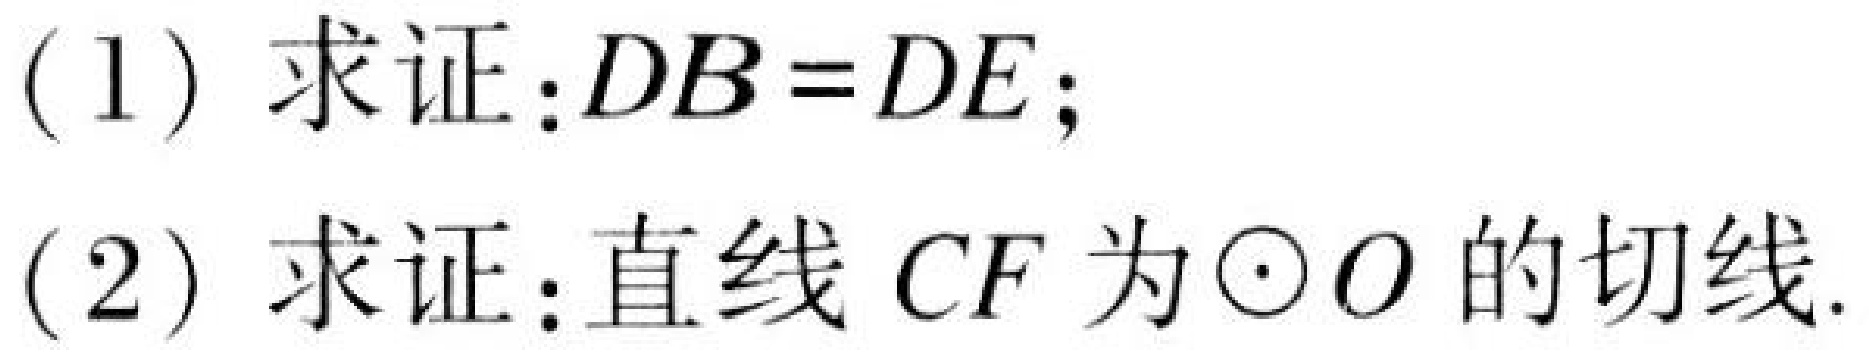
(1) 求证：\(DB = DE\);
(2) 求证：直线 \(CF\) 为\(\odot O\)的切线.